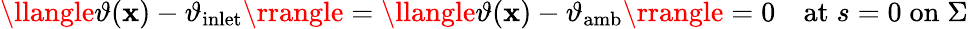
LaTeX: \begin{array}{r}{\llangle\vartheta(\mathbf{x})-\vartheta_{\mathrm{inlet}}\rrangle=\llangle\vartheta(\mathbf{x})-\vartheta_{\mathrm{amb}}\rrangle=0\quad\mathrm{at}\; s=0\; \mathrm{on}\; \Sigma}\end{array}